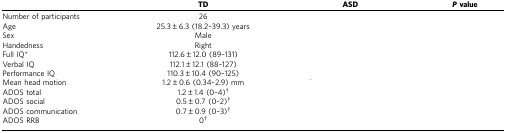
<table><thead><tr><td>[EMPTY_CELL]</td><td><b>TD</b></td><td><b>ASD</b></td><td><b><i>P</i>value</b></td></tr></thead><tbody><tr><td>Number of participants</td><td>26</td><td>[EMPTY_CELL]</td><td>[EMPTY_CELL]</td></tr><tr><td>Age</td><td>25.3±6.3 (18.2–39.3) years</td><td>[EMPTY_CELL]</td><td>[EMPTY_CELL]</td></tr><tr><td>Sex</td><td>Male</td><td>[EMPTY_CELL]</td><td>[EMPTY_CELL]</td></tr><tr><td>Handedness</td><td>Right</td><td>[EMPTY_CELL]</td><td>[EMPTY_CELL]</td></tr><tr><td>Full IQ*</td><td>112.6±12.0 (89–131)</td><td>[EMPTY_CELL]</td><td>[EMPTY_CELL]</td></tr><tr><td>Verbal IQ</td><td>112.1±12.1 (88–127)</td><td>[EMPTY_CELL]</td><td>[EMPTY_CELL]</td></tr><tr><td>Performance IQ</td><td>110.3±10.4 (90–125)</td><td>[EMPTY_CELL]</td><td>[EMPTY_CELL]</td></tr><tr><td>Mean head motion</td><td>1.2±0.6 (0.34–2.9) mm</td><td>[EMPTY_CELL]</td><td>[EMPTY_CELL]</td></tr><tr><td>ADOS total</td><td>1.2±1.4 (0–4)†</td><td>[EMPTY_CELL]</td><td>[EMPTY_CELL]</td></tr><tr><td>ADOS social</td><td>0.5±0.7 (0–2)†</td><td>[EMPTY_CELL]</td><td>[EMPTY_CELL]</td></tr><tr><td>ADOS communication</td><td>0.7±0.9 (0–3)†</td><td>[EMPTY_CELL]</td><td>[EMPTY_CELL]</td></tr><tr><td>ADOS RRB</td><td>0†</td><td>[EMPTY_CELL]</td><td>[EMPTY_CELL]</td></tr></tbody></table>